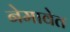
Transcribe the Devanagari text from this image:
नेमावेत